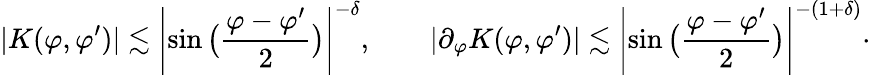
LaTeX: |K(\varphi,\varphi^{\prime})|\lesssim\left|\sin\big(\frac{\varphi-\varphi^{\prime}}{2}\big)\right|^{-\delta},\qquad|\partial_{\varphi}K(\varphi,\varphi^{\prime})|\lesssim\left|\sin\big(\frac{\varphi-\varphi^{\prime}}{2}\big)\right|^{-(1+\delta)}\cdot